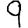
Digit: 9